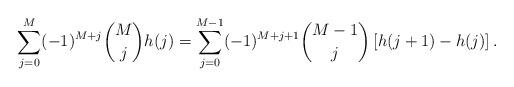
LaTeX: \begin{align*}&\sum_{j=0}^M (-1)^{M+j}{M\choose j}h(j) = \sum_{j=0}^{M-1}(-1)^{M+j+1}{M-1\choose j}\left[ h(j+1)-h(j)\right].\\\end{align*}